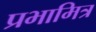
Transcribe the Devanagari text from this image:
प्रभामित्र